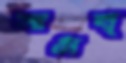
সামষ্